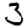
Digit: 3